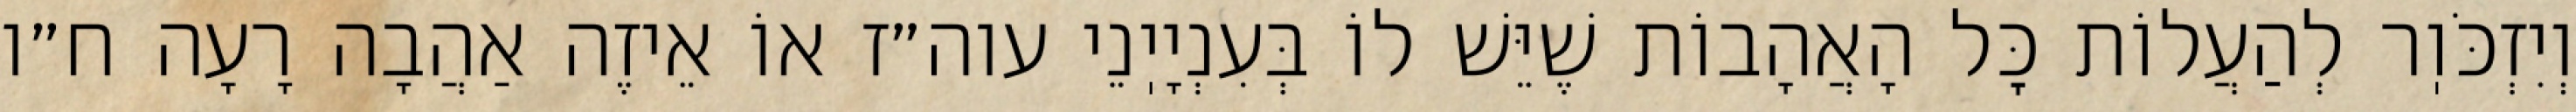
וְיִזְכֹּוֽר לְהַעֲלוֹת כׇּל הָאֲהָבוֹת שֶׁיֵּשׁ לוֹ בְּעִנְיָיֽנֵי עוה״ז אוֹ אֵיזֶה אַהֲבָה רָעָה ח״ו